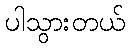
ပါသွားတယ်